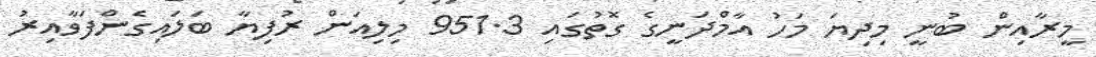
މީރާއިން ބުނީ މިދިޔަ މަހު އާމްދަނީގެ ގޮތުގައި 951.3 މިލިއަން ރުފިޔާ ބަލައިގެންފަވާއިރު